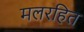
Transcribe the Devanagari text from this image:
मलरहित